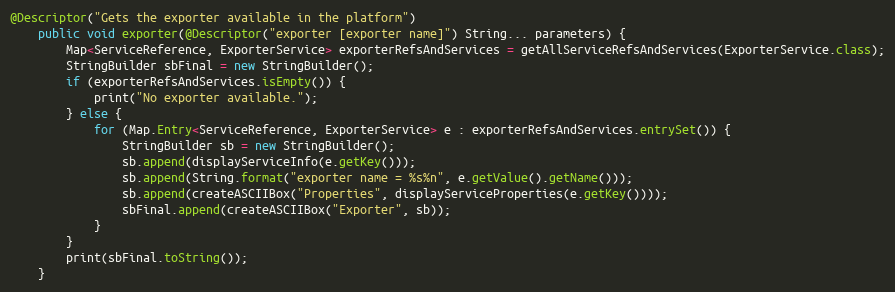
Language: Java
@Descriptor("Gets the exporter available in the platform")
    public void exporter(@Descriptor("exporter [exporter name]") String... parameters) {
        Map<ServiceReference, ExporterService> exporterRefsAndServices = getAllServiceRefsAndServices(ExporterService.class);
        StringBuilder sbFinal = new StringBuilder();
        if (exporterRefsAndServices.isEmpty()) {
            print("No exporter available.");
        } else {
            for (Map.Entry<ServiceReference, ExporterService> e : exporterRefsAndServices.entrySet()) {
                StringBuilder sb = new StringBuilder();
                sb.append(displayServiceInfo(e.getKey()));
                sb.append(String.format("exporter name = %s%n", e.getValue().getName()));
                sb.append(createASCIIBox("Properties", displayServiceProperties(e.getKey())));
                sbFinal.append(createASCIIBox("Exporter", sb));
            }
        }
        print(sbFinal.toString());
    }